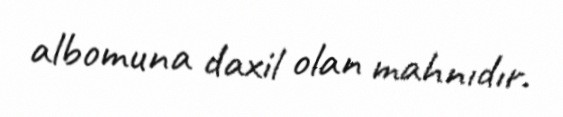
albomuna daxil olan mahnıdır.